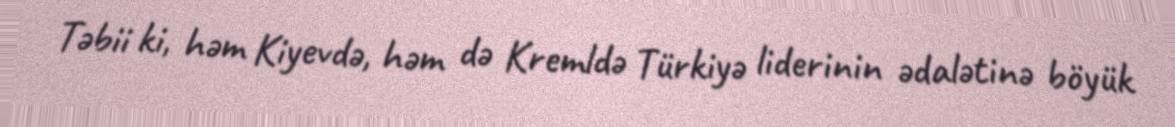
Təbii ki, həm Kiyevdə, həm də Kremldə Türkiyə liderinin ədalətinə böyük